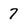
Character: 7